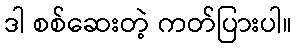
ဒါ စစ်ဆေးတဲ့ ကတ်ပြားပါ။